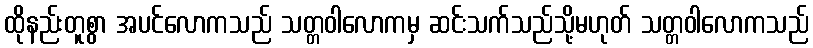
ထိုနည်းတူစွာ အပင်လောကသည် သတ္တဝါလောကမှ ဆင်းသက်သည်သို့မဟုတ် သတ္တဝါလောကသည်